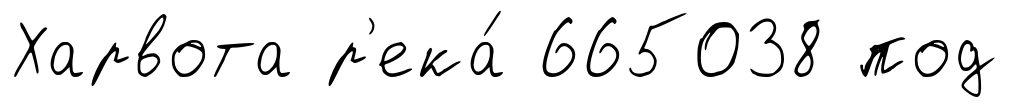
Харвота р'ека́ 665038 под